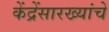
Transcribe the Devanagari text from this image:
केंद्रेंसारख्यांचे